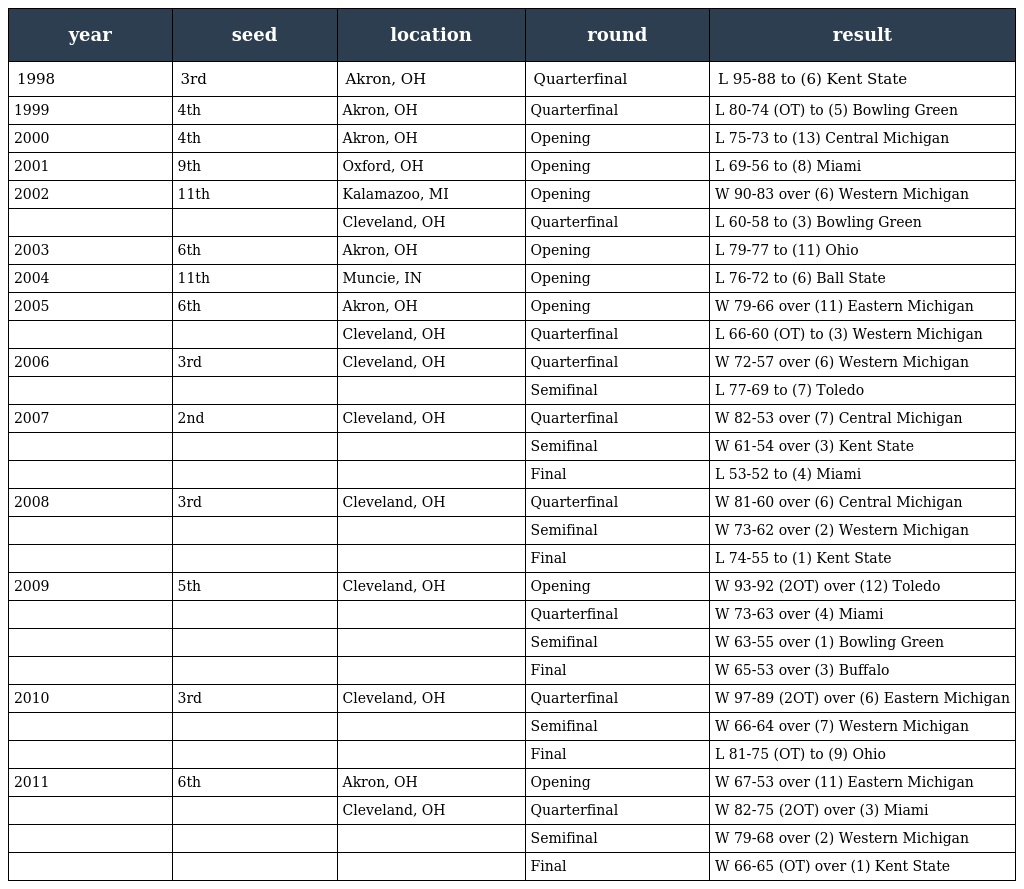
| year | seed | location | round | result |
 | --- | --- | --- | --- | --- |
 | 1998 | 3rd | Akron, OH | Quarterfinal | L 95-88 to (6) Kent State |
 | 1999 | 4th | Akron, OH | Quarterfinal | L 80-74 (OT) to (5) Bowling Green |
 | 2000 | 4th | Akron, OH | Opening | L 75-73 to (13) Central Michigan |
 | 2001 | 9th | Oxford, OH | Opening | L 69-56 to (8) Miami |
 | 2002 | 11th | Kalamazoo, MI | Opening | W 90-83 over (6) Western Michigan |
 |  |  | Cleveland, OH | Quarterfinal | L 60-58 to (3) Bowling Green |
 | 2003 | 6th | Akron, OH | Opening | L 79-77 to (11) Ohio |
 | 2004 | 11th | Muncie, IN | Opening | L 76-72 to (6) Ball State |
 | 2005 | 6th | Akron, OH | Opening | W 79-66 over (11) Eastern Michigan |
 |  |  | Cleveland, OH | Quarterfinal | L 66-60 (OT) to (3) Western Michigan |
 | 2006 | 3rd | Cleveland, OH | Quarterfinal | W 72-57 over (6) Western Michigan |
 |  |  |  | Semifinal | L 77-69 to (7) Toledo |
 | 2007 | 2nd | Cleveland, OH | Quarterfinal | W 82-53 over (7) Central Michigan |
 |  |  |  | Semifinal | W 61-54 over (3) Kent State |
 |  |  |  | Final | L 53-52 to (4) Miami |
 | 2008 | 3rd | Cleveland, OH | Quarterfinal | W 81-60 over (6) Central Michigan |
 |  |  |  | Semifinal | W 73-62 over (2) Western Michigan |
 |  |  |  | Final | L 74-55 to (1) Kent State |
 | 2009 | 5th | Cleveland, OH | Opening | W 93-92 (2OT) over (12) Toledo |
 |  |  |  | Quarterfinal | W 73-63 over (4) Miami |
 |  |  |  | Semifinal | W 63-55 over (1) Bowling Green |
 |  |  |  | Final | W 65-53 over (3) Buffalo |
 | 2010 | 3rd | Cleveland, OH | Quarterfinal | W 97-89 (2OT) over (6) Eastern Michigan |
 |  |  |  | Semifinal | W 66-64 over (7) Western Michigan |
 |  |  |  | Final | L 81-75 (OT) to (9) Ohio |
 | 2011 | 6th | Akron, OH | Opening | W 67-53 over (11) Eastern Michigan |
 |  |  | Cleveland, OH | Quarterfinal | W 82-75 (2OT) over (3) Miami |
 |  |  |  | Semifinal | W 79-68 over (2) Western Michigan |
 |  |  |  | Final | W 66-65 (OT) over (1) Kent State |